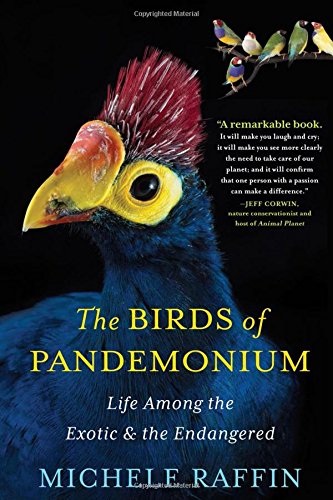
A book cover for The Birds of Pandemonium; Michele Raffin; Science & Math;